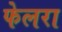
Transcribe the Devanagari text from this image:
फेलरा